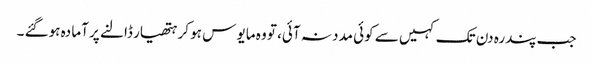
جب پندرہ دن تک کہیں سے کوئی مدد نہ آئی، تو وہ مایو س ہو کر ہتھیار ڈالنے پر آما دہ ہوگئے ۔